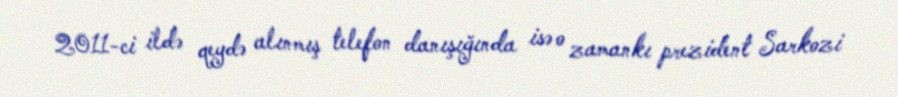
2011-ci ildə qeydə alınmış telefon danışığında isə o zamankı prezident Sarkozi